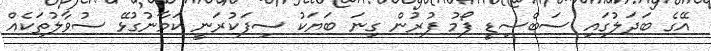
އޭގެ ބަދަލުގައި ސަބްސިޑީ ފޯމު ފުރުން ގިނަ ބަޔަކު ސިފަކުރަނީ ކަމާނުގުޅޭ ސުވާލުތަކެއް